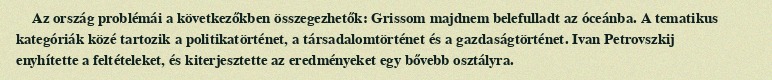
Az ország problémái a következőkben összegezhetők: Grissom majdnem belefulladt az óceánba. A tematikus kategóriák közé tartozik a politikatörténet, a társadalomtörténet és a gazdaságtörténet. Ivan Petrovszkij enyhítette a feltételeket, és kiterjesztette az eredményeket egy bővebb osztályra.